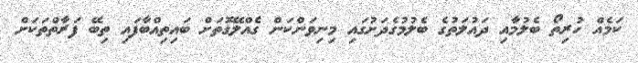
ކަމެއް ހުރިތޯ ބެލުމާއި ދައުލަތުގެ ބެލުމުގެދަށުގައި މިނިވަންކަން ގެއްލޭގޮތަށް ބައިތިއްބާފައި ތިބޭ ފަރާތްތަކަށް